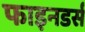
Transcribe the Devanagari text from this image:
फाइनडर्स